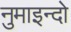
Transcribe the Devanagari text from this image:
नुमाइन्दो